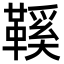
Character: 鞵